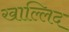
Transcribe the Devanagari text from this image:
खाल्लिद